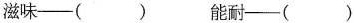
滋味--() 能耐--()